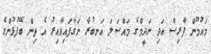
މައުމޫން ފާރިސް އަދި ނަދީމްގެ މައްސަލަ އަނބުރާ ނަގާފައިވާއިރު އެ ތިން ބޭފުޅުންގެ